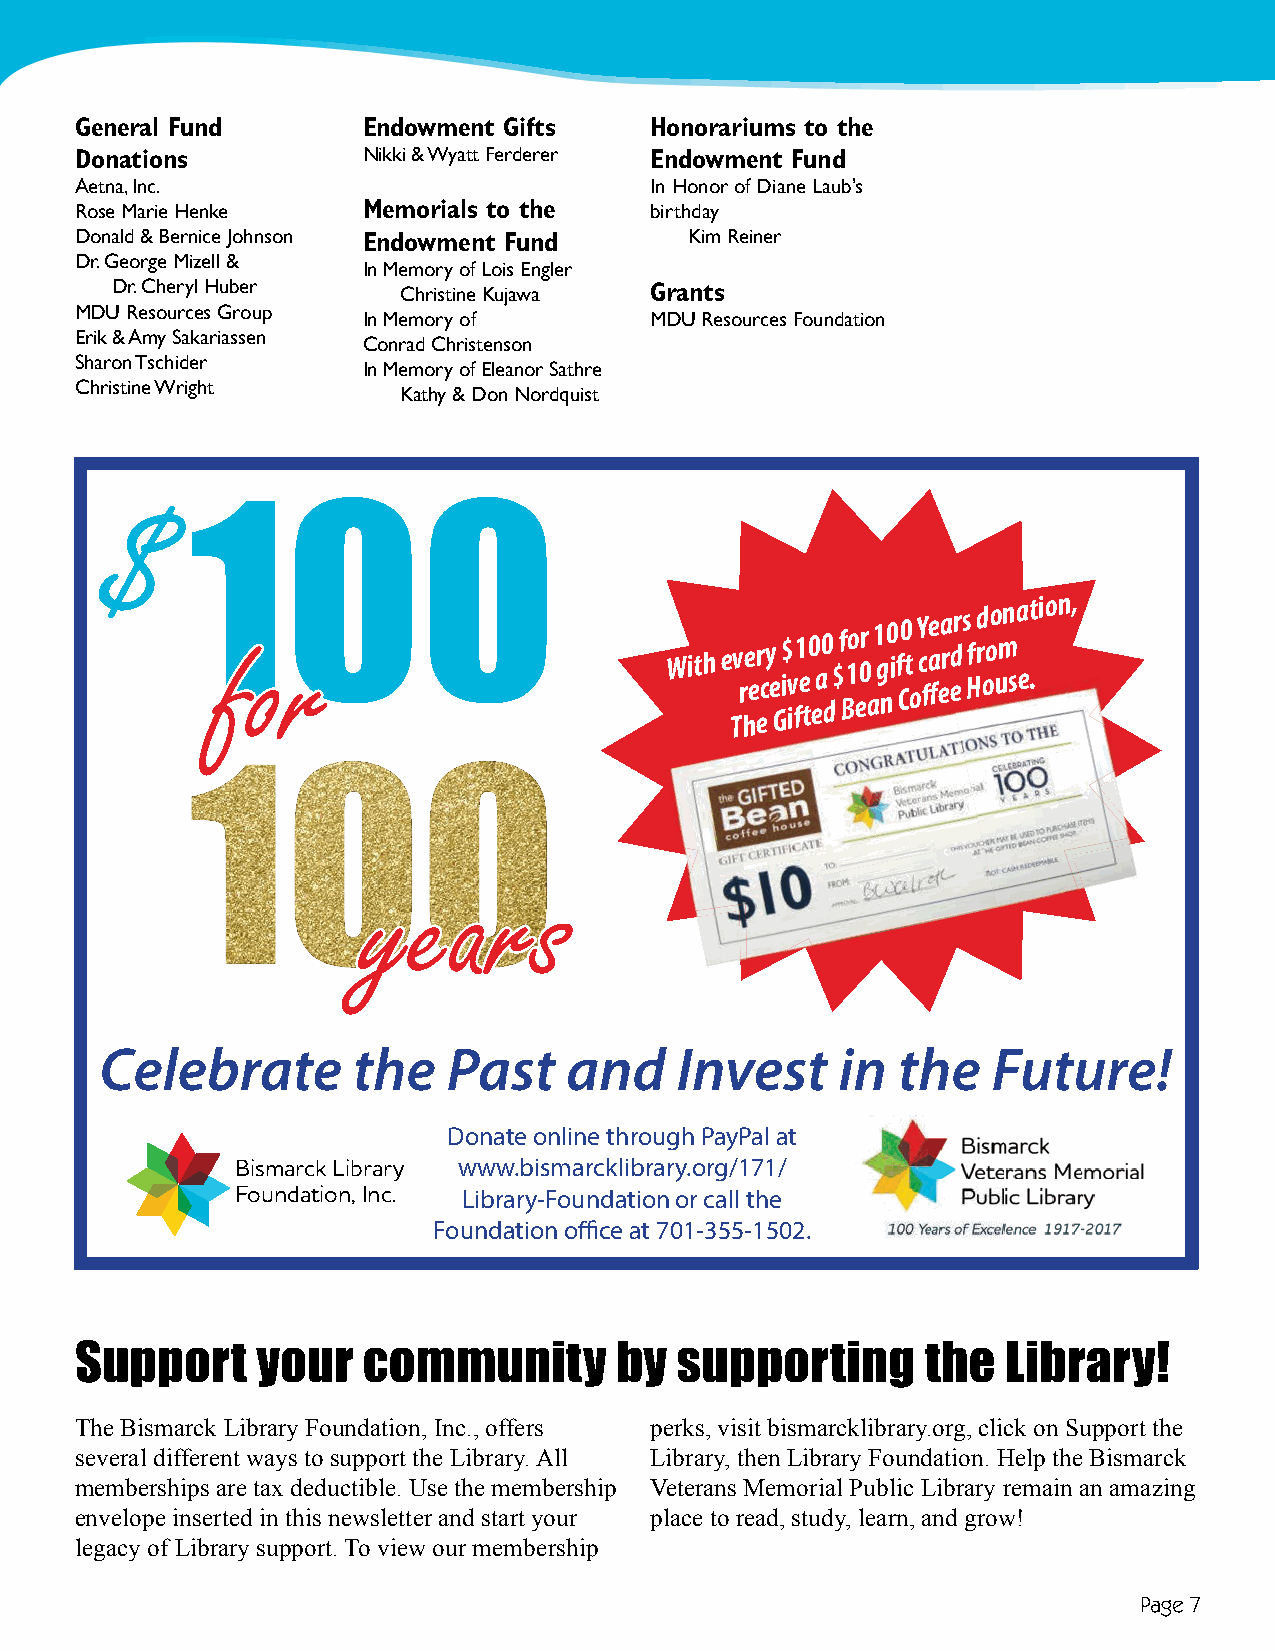
General Fund       Endowment Gifts    Honorariums to the
 Donations          Nikki & Wyatt Ferderer Endowment Fund
 Aetna, Inc.                           In Honor of Diane Laub’s
 Rose Marie Henke   Memorials to the   birthday
 Donald & Bernice Johnson Endowment Fund  Kim Reiner
 Dr. George Mizell &
 In Memory of Lois Engler
 Dr. Cheryl Huber   Christine Kujawa Grants
 MDU Resources Group
 In Memory of       MDU Resources Foundation
 Erik & Amy Sakariassen
 Conrad Christenson
 Sharon Tschider
 In Memory of Eleanor Sathre
 Christine Wright
 Kathy & Don Nordquist
 $
 100
 for                           With e Tv
 r
 he er ecy
 e
 G
 i$
 iv
 f1
 e
 t0 ea0
 d
 $
 f B1o e0r
 a
 1 g n0 i f C0 t
 o
 Y c ffae ea rd er s Hf rd ooo umn sa
 e.tion,
 years
 Celebrate       the    Past   and     Invest     in the    Future!
 Donate online through PayPal at
 Bismarck Library www.bismarcklibrary.org/171/
 Foundation, Inc. Library-Foundation or call the
 Foundation offi ce at 701-355-1502.
 Support     your   community        by  supporting      the   Library!
 The Bismarck Library Foundation, Inc., offers perks, visit bismarcklibrary.org, click on Support the
 several different ways to support the Library. All Library, then Library Foundation. Help the Bismarck
 memberships are tax deductible. Use the membership Veterans Memorial Public Library remain an amazing
 envelope inserted in this newsletter and start your place to read, study, learn, and grow!
 legacy of Library support. To view our membership